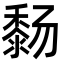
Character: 𬓸